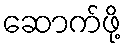
ဆောက်ဖို့